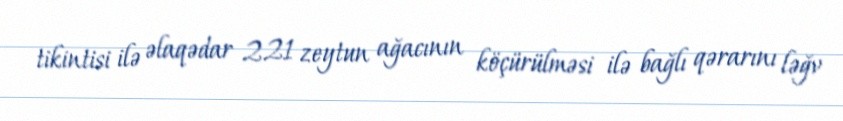
tikintisi ilə əlaqədar 221 zeytun ağacının köçürülməsi ilə bağlı qərarını ləğv